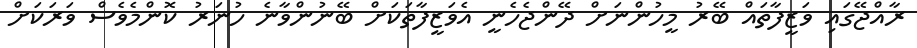
ރާއްޖޭގައި ވަޒީފާތައް ބޭރު މީހުންނަށް ދޭންޖެހެނީ އެވަޒީފާތަކަށް ބޭނުންވާނެ ހުނަރު ކޮންމެވެސް ވަރަކަށް